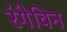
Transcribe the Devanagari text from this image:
रंगेविन